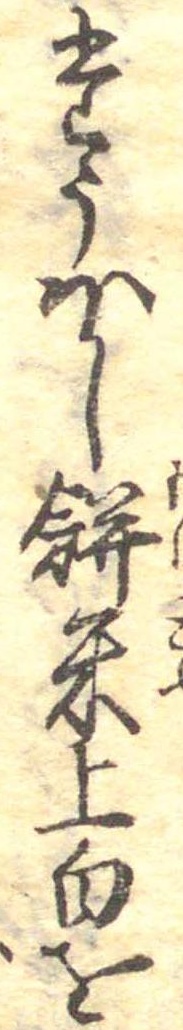
たうほし餅米上白を